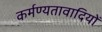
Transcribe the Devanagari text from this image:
कर्मण्यतावादियों